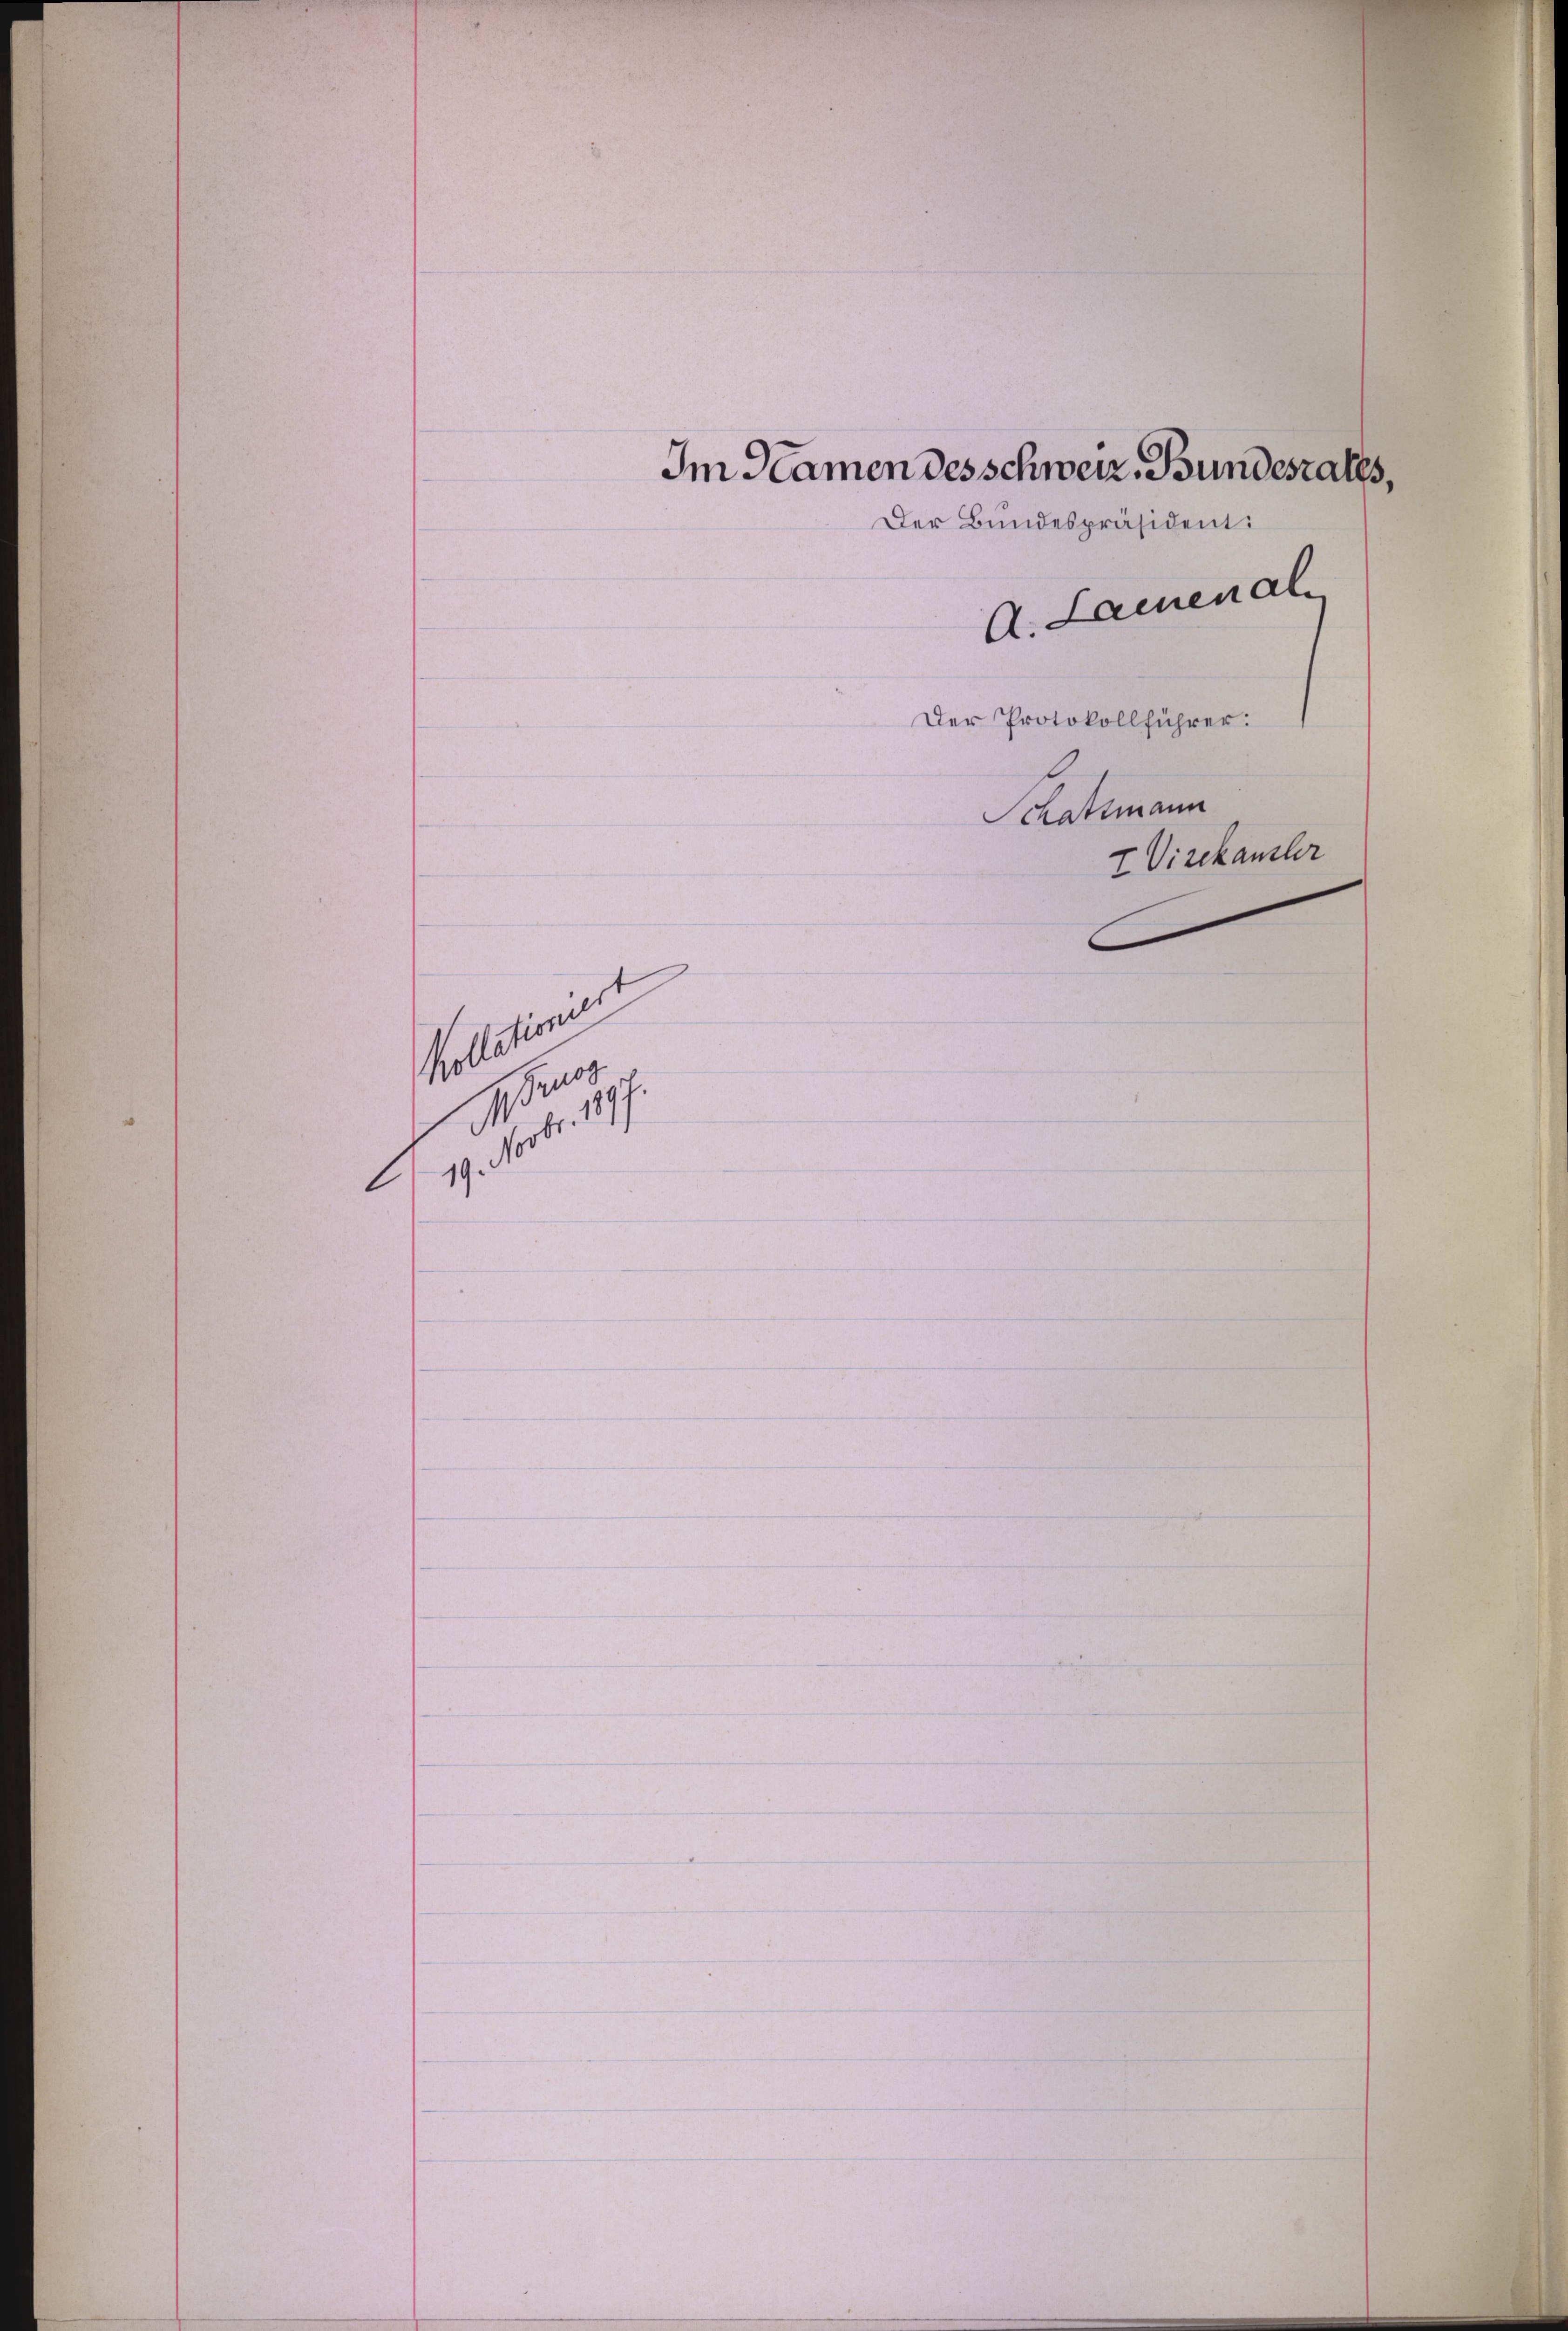
Pollierent
Heraus

Im Namen des schweiz. Bundesrates,
Der Bundespräsident:
A. Lauenal
Der Protokollführer:
Schattmann
2 Vizekanzler